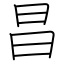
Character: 昌